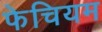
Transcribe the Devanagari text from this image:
फेचियम